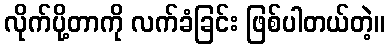
လိုက်ပို့တာကို လက်ခံခြင်း ဖြစ်ပါတယ်တဲ့။